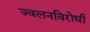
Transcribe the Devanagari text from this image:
ज्वलनविरोधी